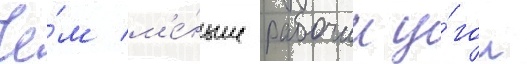
Че́м м'е́ньше рабочии у́гол